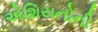
એશિયનોની